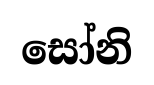
සෝනි